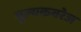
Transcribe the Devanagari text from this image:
मूल्यकवरेज